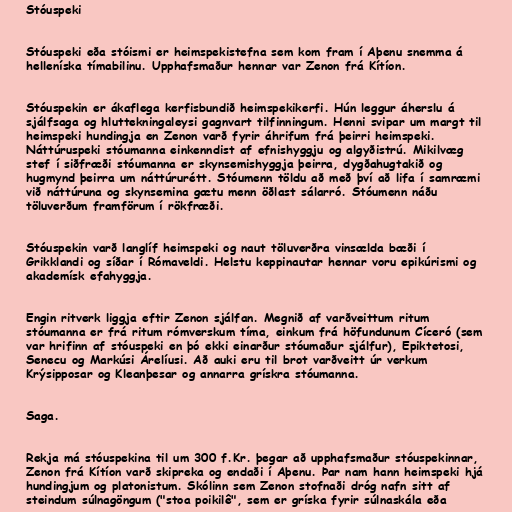
Stóuspeki

Stóuspeki eða stóismi er heimspekistefna sem kom fram í Aþenu snemma á
helleníska tímabilinu. Upphafsmaður hennar var Zenon frá Kítíon.

Stóuspekin er ákaflega kerfisbundið heimspekikerfi. Hún leggur áherslu á
sjálfsaga og hluttekningaleysi gagnvart tilfinningum. Henni svipar um margt til
heimspeki hundingja en Zenon varð fyrir áhrifum frá þeirri heimspeki.
Náttúruspeki stóumanna einkenndist af efnishyggju og algyðistrú. Mikilvæg
stef í siðfræði stóumanna er skynsemishyggja þeirra, dygðahugtakið og
hugmynd þeirra um náttúrurétt. Stóumenn töldu að með því að lifa í samræmi
við náttúruna og skynsemina gætu menn öðlast sálarró. Stóumenn náðu
töluverðum framförum í rökfræði.

Stóuspekin varð langlíf heimspeki og naut töluverðra vinsælda bæði í
Grikklandi og síðar í Rómaveldi. Helstu keppinautar hennar voru epikúrismi og
akademísk efahyggja.

Engin ritverk liggja eftir Zenon sjálfan. Megnið af varðveittum ritum
stóumanna er frá ritum rómverskum tíma, einkum frá höfundunum Cíceró (sem
var hrifinn af stóuspeki en þó ekki einarður stóumaður sjálfur), Epiktetosi,
Senecu og Markúsi Árelíusi. Að auki eru til brot varðveitt úr verkum
Krýsipposar og Kleanþesar og annarra grískra stóumanna.

Saga.

Rekja má stóuspekina til um 300 f.Kr. þegar að upphafsmaður stóuspekinnar,
Zenon frá Kítíon varð skipreka og endaði í Aþenu. Þar nam hann heimspeki hjá
hundingjum og platonistum. Skólinn sem Zenon stofnaði dróg nafn sitt af
steindum súlnagöngum ("stoa poikilê", sem er gríska fyrir súlnaskála eða